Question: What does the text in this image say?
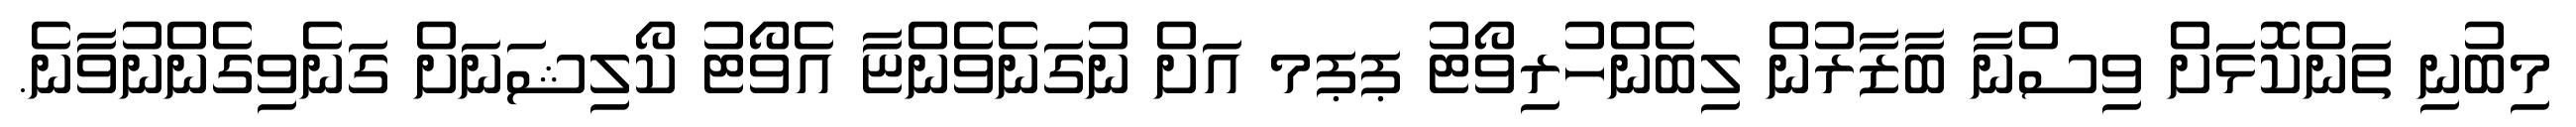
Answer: މިބުނި ތަންކޮޅަށް ވިސްނާ ބާޒާރުން ލިބެންހުރިވޯޓު ޕޕމ އަށް ނުގަނެވެންޏާ އެވޯޓު ކޯލިޝަނަށް ގަނެވިގެންނުވާނެ.